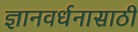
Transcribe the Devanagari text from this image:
ज्ञानवर्धनासाठी